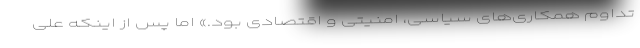
تداوم همکاری‌های سیاسی، امنیتی و اقتصادی بود.» اما پس از اینکه علی